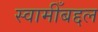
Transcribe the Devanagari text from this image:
स्वामीँबद्दल